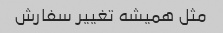
مثل همیشه تغییر سفارش